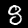
Digit: 8